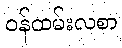
ဝန်ထမ်းလစာ